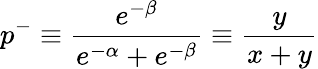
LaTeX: p^{-}\equiv\frac{e^{-\beta}}{e^{-\alpha}+e^{-\beta}}\equiv\frac{y}{x+y}